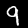
Label: 9